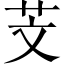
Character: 芠